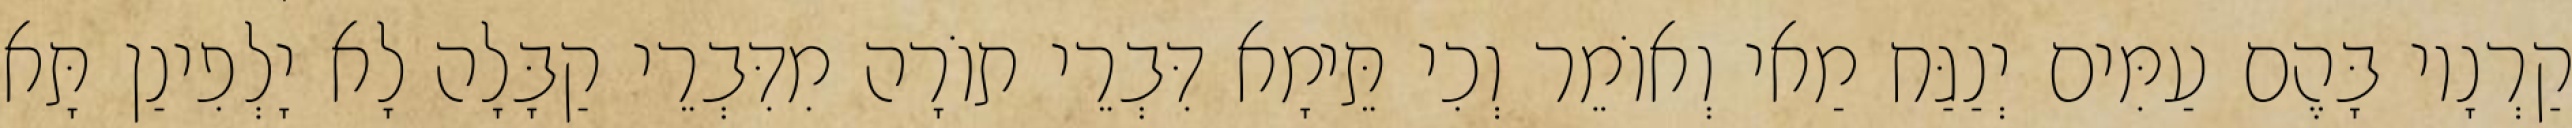
קַרְנָיו בָּהֶם עַמִּים יְנַגַּח מַאי וְאוֹמֵר וְכִי תֵּימָא דִּבְרֵי תוֹרָה מִדִּבְרֵי קַבָּלָה לָא יָלְפִינַן תָּא